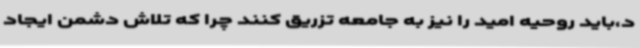
د،باید روحیه امید را نیز به جامعه تزریق کنند چرا که تلاش دشمن ایجاد